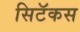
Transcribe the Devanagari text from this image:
सिटॅकस